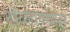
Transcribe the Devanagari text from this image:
खेळवण्यास